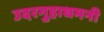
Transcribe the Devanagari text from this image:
उदरगुहाधमनी